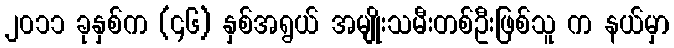
၂၀၁၁ ခုနှစ်က (၄၆) နှစ်အရွယ် အမျိုးသမီးတစ်ဦးဖြစ်သူ က နယ်မှာ